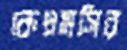
কেএমসির